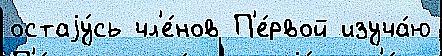
остаjу́сь чл'е́нов П'е́рвой изуча́ю